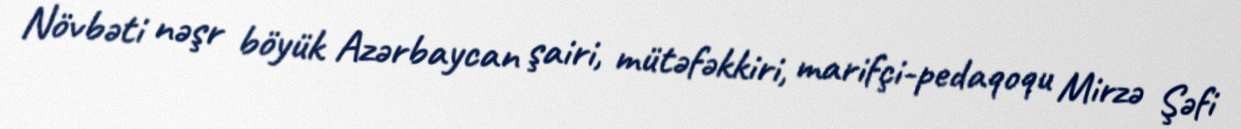
Növbəti nəşr böyük Azərbaycan şairi, mütəfəkkiri, marifçi-pedaqoqu Mirzə Şəfi